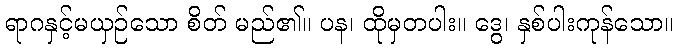
ရာဂနှင့်မယှဉ်သော စိတ် မည်၏။ ပန၊ ထိုမှတပါး။ ဒွေ၊ နှစ်ပါးကုန်သော။